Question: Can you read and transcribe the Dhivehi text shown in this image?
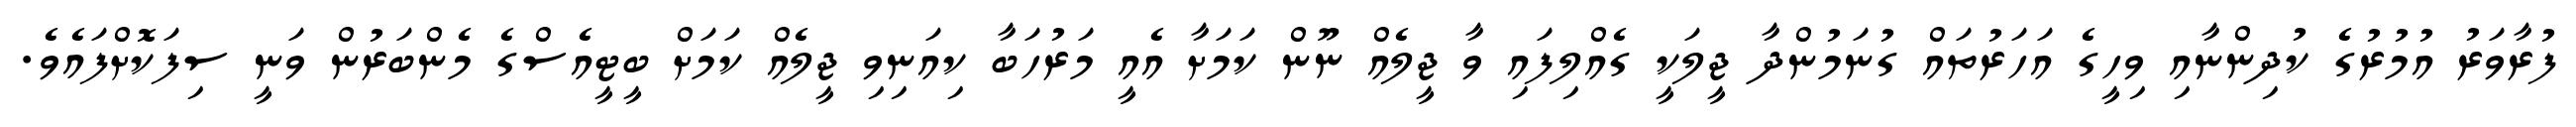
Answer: ފުރާވަރު އުމުރުގެ ކުދިންނާއި ވިހީގެ އަހަރުތައް ގުނަމުންދާ ޖީލަކީ ގެއްލިފައި ވާ ޖީލެއް ނޫން ކަމަށާ އެއީ މަރުހަބާ ކިއަނިވި ޖީލެއް ކަމަށް ބީޓީއެސްގެ މެންބަރުން ވަނީ ސިފަކޮށްފައެވެ.